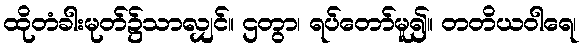
ထိုတံခါးမုတ်၌သာလျှင်။ ဌတွာ၊ ရပ်တော်မူ၍။ တတိယဝါရေ၊